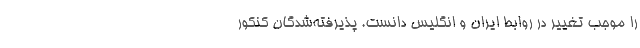
را موجب تغییر در روابط ایران و انگلیس دانست. پذیرفته‌شدگان کنکور